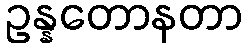
ဥန္နတောနတာ